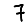
Digit: 7